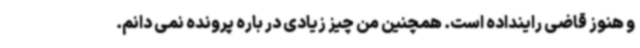
و هنوز قاضی راینداده است. همچنین من چیز زیادی در باره پرونده نمی دانم.